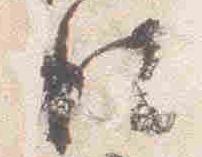
彼